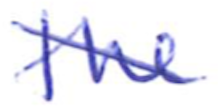
Text: the
Cross-out: diagonal
Writing tool: ballpoint